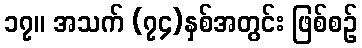
၁၇။ အသက် (၇၄)နှစ်အတွင်း ဖြစ်စဉ်